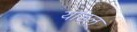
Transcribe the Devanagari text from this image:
यांडल